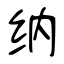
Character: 纳